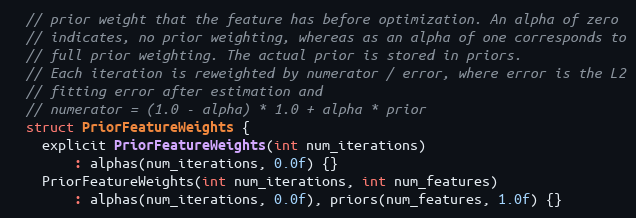
Language: C
  // prior weight that the feature has before optimization. An alpha of zero
  // indicates, no prior weighting, whereas as an alpha of one corresponds to
  // full prior weighting. The actual prior is stored in priors.
  // Each iteration is reweighted by numerator / error, where error is the L2
  // fitting error after estimation and
  // numerator = (1.0 - alpha) * 1.0 + alpha * prior
  struct PriorFeatureWeights {
    explicit PriorFeatureWeights(int num_iterations)
        : alphas(num_iterations, 0.0f) {}
    PriorFeatureWeights(int num_iterations, int num_features)
        : alphas(num_iterations, 0.0f), priors(num_features, 1.0f) {}